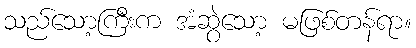
သည်သော့ကြီးက အံဆွဲသော့ မဖြစ်တန်ရာ။